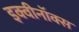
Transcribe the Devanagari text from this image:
इक्वीनॉक्स